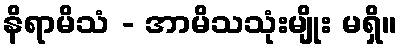
နိရာမိသံ - အာမိသသုံးမျိုး မရှိ။